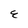
Character: E